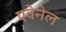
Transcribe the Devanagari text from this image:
एवेनेल